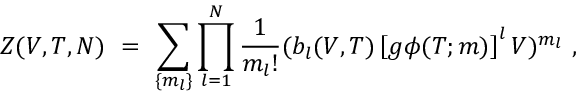
Z ( V , T , N ) ~ = ~ \sum _ { \{ m _ { l } \} } \prod _ { l = 1 } ^ { N } \frac { 1 } { m _ { l } ! } ( b _ { l } ( V , T ) \left[ g \phi ( T ; m ) \right] ^ { l } V ) ^ { m _ { l } } ~ ,